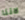
لاننا